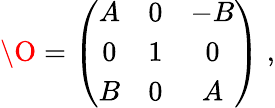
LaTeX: \O=\left(\begin{array}{ccc}{{A}}&{{0}}&{{-B}}\\ {{0}}&{{1}}&{{0}}\\ {{B}}&{{0}}&{{A}}\end{array}\right)\; ,